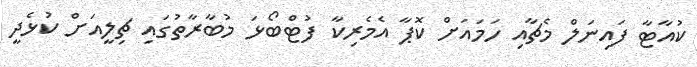
ކުއާޓާ ފައިނަލް މެޗާއި ހަމައަށް ކޮޕާ އެމެރިކާ ފުޓްބޯޅަ މުބާރާތުގައި ޗިލީއަށް ކުޅެދީ